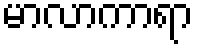
မာလာကာရာ